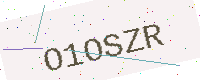
Text: O1OSZR